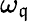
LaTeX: \omega_{\mathfrak{q}}